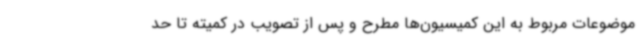
موضوعات مربوط به این کمیسیون‌ها مطرح و پس از تصویب در کمیته تا حد